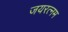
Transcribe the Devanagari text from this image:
जयरत्नम